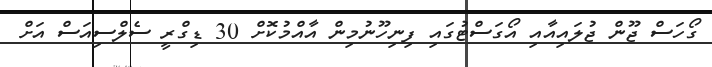
ގޯހަސް ޖޫން ޖުލައިއާއި އޯގަސްޓުގައި ފިނިހޫނުމިން އާއްމުކޮށް 30 ޑިގްރީ ސެލްސިއަސް އަށް